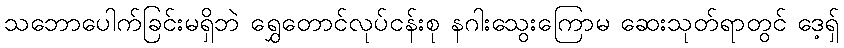
သဘောပေါက်ခြင်းမရှိဘဲ ရွှေတောင်လုပ်ငန်းစု နဂါးသွေးကြောမ ဆေးသုတ်ရာတွင် ဒေ့ရှ်